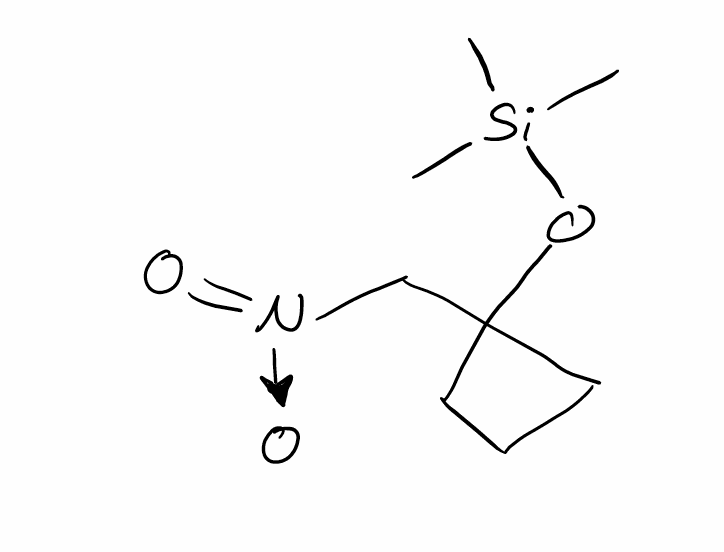
Simplified molecular-input line-entry system (SMILES) notation of the given molecule:
C[Si](C)(C)OC1(CCC1)C[N+](=O)[O-]